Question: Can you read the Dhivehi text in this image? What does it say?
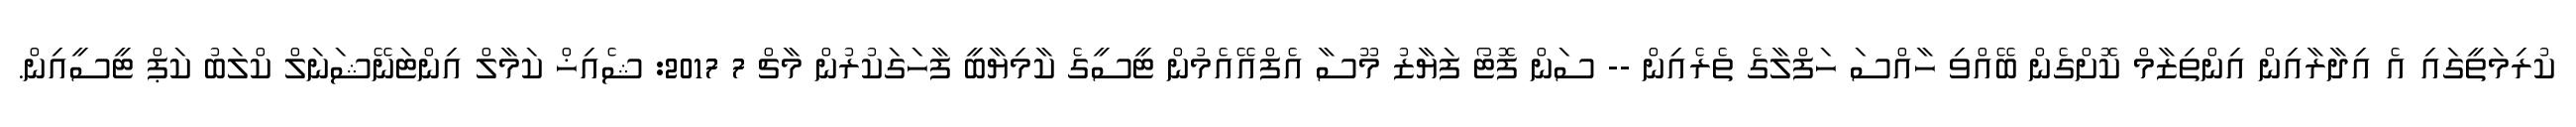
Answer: ކުރިމަތީގައި އެ އިދާރާއިން އިންތިޒާމް ކޮށްގެން ބޭއްވި ހާއްސަ ހަފްލާގެ ތެރެއިން -- ސަން ފޮޓޯ ފަޔާޒު މޫސާ އެފްއޭއެމުން ޓީސީގެ ކާމިޔާބީ ފާހަގަކުރުން މާޗް 7 2017: ޝެއިޚް ކަމާލް އިންޓަނޭޝަނަލް ކްލަބު ކަޕް ޓީސީއިން.